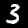
Label: 3